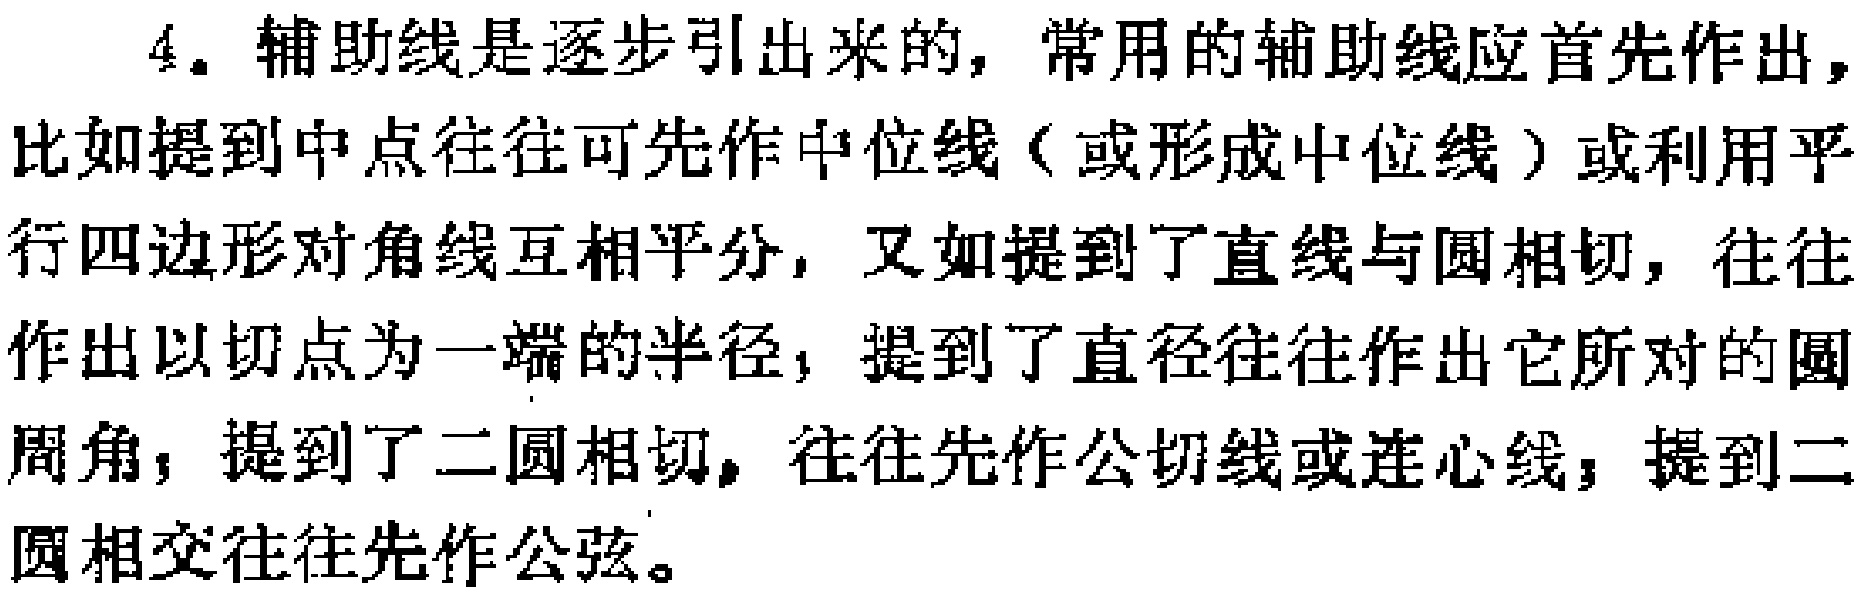
4. 辅助线是逐步引出来的，常用的辅助线应首先作出，比如提到中点往往可先作中位线（或形成中位线）或利用平行四边形对角线互相平分，又如提到了直线与圆相切，往往作出以切点为一端的半径，提到了直径往往作出它所对的圆周角，提到了二圆相切，往往先作公切线或连心线，提到二圆相交往往先作公弦。